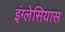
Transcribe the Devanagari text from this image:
इंग्लेसियास